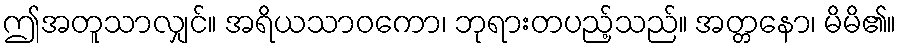
ဤအတူသာလျှင်။ အရိယသာဝကော၊ ဘုရားတပည့်သည်။ အတ္တနော၊ မိမိ၏။